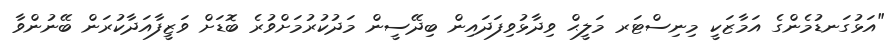
"އަޅުގަނޑުމެންގެ އަމާޒަކީ މިނިސްޓަރ މަލީޙް ވިދާޅުވިފަދައިން ބިދޭސީން މަދުކުރުމަށްވުރެ ބޮޑަށް ވަޒީފާއަދާކުރަން ބޭނުންވާ